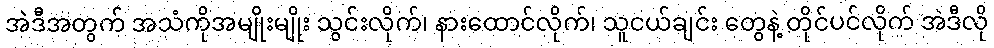
အဲဒီအတွက် အသံကိုအမျိုးမျိုး သွင်းလိုက်၊ နားထောင်လိုက်၊ သူငယ်ချင်း တွေနဲ့ တိုင်ပင်လိုက် အဲဒီလို